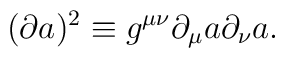
(\partial a )^{2} \equiv g^{\mu \nu} \partial_\mu a \partial_\nu a .